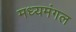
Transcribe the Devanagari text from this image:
मध्यमंगल